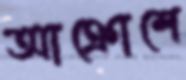
আক্রোশে